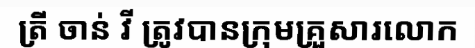
ត្រី ចាន់ វី ត្រូវបានក្រុមគ្រួសារលោក